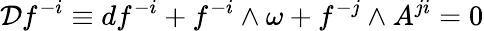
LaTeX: {\cal D}f^{-i}\equiv df^{-i}+f^{-i}\wedge\omega+f^{-j}\wedge A^{ji}=0